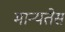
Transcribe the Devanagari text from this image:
मान्यतेस